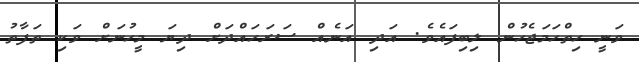
ވަނީ ހިތްހަމަޖެހުން ލިބިފައެވެ. އަދި އަނެއް ސަރަހައްދަށް ދިޔަ މީހުނަށް ވަކި ތަފާތު